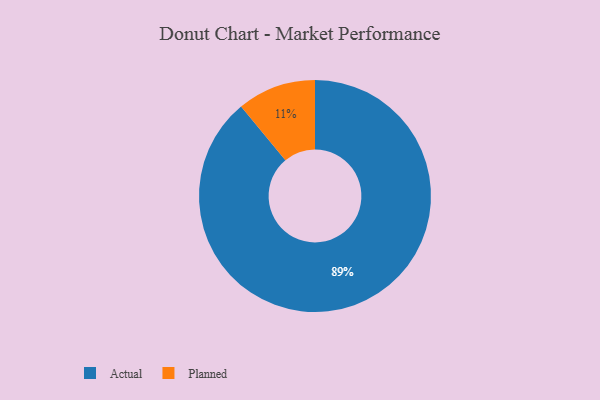
{"axis": {"x": "Category", "y": "Percentage"}, "legend": ["Actual", "Planned"], "data": [{"x": "Actual", "y": 89, "type": "Actual"}, {"x": "Planned", "y": 11, "type": "Planned"}]}